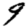
Digit: 9